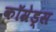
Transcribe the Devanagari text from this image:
कॉम्रेड्स